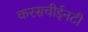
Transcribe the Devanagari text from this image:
करसचीईनटी